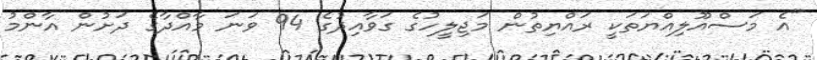
"އެ މަސްއޫލިއްޔަތަކީ ރައްޔިތުން މަޖިލީހުގެ ގަވާއިދުގެ 94 ވަނަ މާއްދާގެ ދަށުން އާންމު